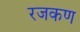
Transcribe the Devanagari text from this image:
रजकण